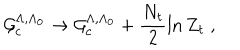
{ \cal { G } } _ { c } ^ { \Lambda , \Lambda _ { 0 } } \rightarrow { \cal { G } } _ { c } ^ { \Lambda , \Lambda _ { 0 } } + \frac { N _ { t } } { 2 } \ln Z _ { t } \; ,